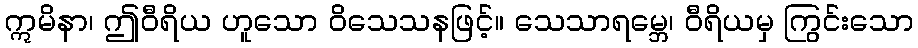
ဣမိနာ၊ ဤဝီရိယ ဟူသော ဝိသေသနဖြင့်။ သေသာရမ္ဘေ၊ ဝီရိယမှ ကြွင်းသော